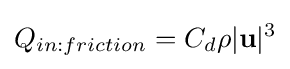
Q_{in:friction}=C_{d}\rho |\mathbf {u} |^{3}